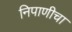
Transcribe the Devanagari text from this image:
निपाणीचा